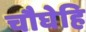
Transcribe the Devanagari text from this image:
चौघेहि